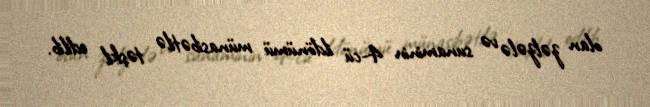
olan zəlzələ və sunaminin 4-cü ildönümü münasibətilə təşkil edilib.